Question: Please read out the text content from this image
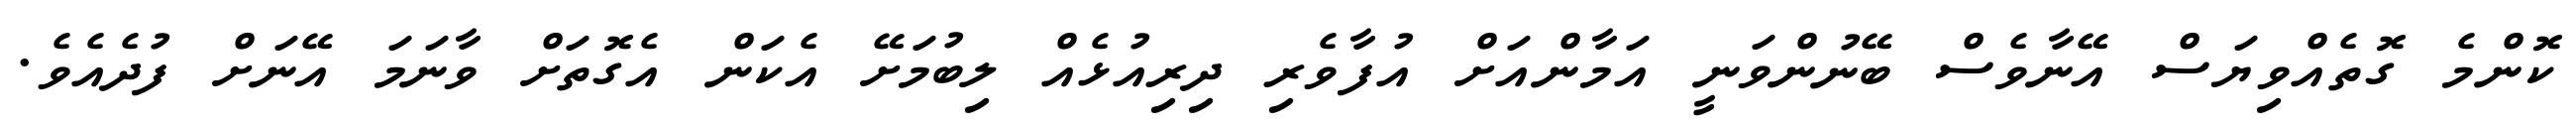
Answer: ކޮންމެ ގޮތެއްވިޔަސް އޭނާވެސް ބޭނުންވަނީ އަމާންއަށް އުފާވެރި ދިރިއުޅެއް ލިބުމަށޭ އެކަން އެގޮތަށް ވާނަމަ އޭނަށް ފުދެއެވެ.